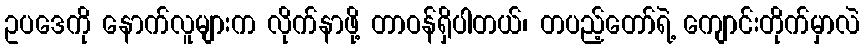
ဥပဒေကို နောက်လူများက လိုက်နာဖို့ တာဝန်ရှိပါတယ်၊ တပည့်တော်ရဲ့ ကျောင်းတိုက်မှာလဲ